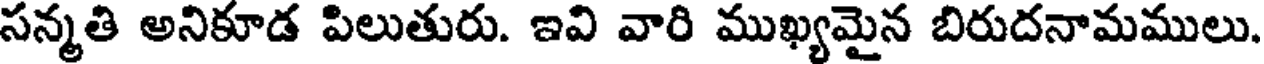
సన్మతి అనికూడ పిలుతురు. ఇవి వారి ముఖ్యమైన బిరుదనామములు.